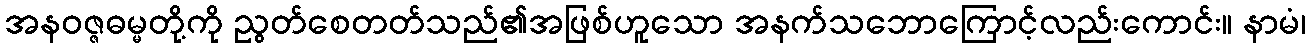
အနဝဇ္ဇဓမ္မတို့ကို ညွတ်စေတတ်သည်၏အဖြစ်ဟူသော အနက်သဘောကြောင့်လည်းကောင်း။ နာမံ၊